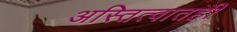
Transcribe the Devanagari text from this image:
अस्तित्वातही